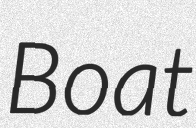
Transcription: Boat